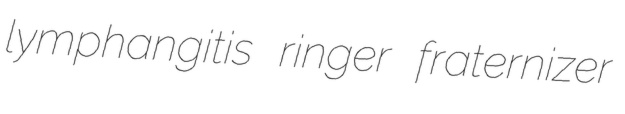
lymphangitis ringer fraternizer